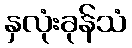
နှလုံးခုန်သံ